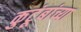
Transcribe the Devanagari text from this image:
कुटूंबांच्या